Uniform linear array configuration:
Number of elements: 16
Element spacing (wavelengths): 1
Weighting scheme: blackman
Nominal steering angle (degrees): -60
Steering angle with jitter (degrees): -58.437
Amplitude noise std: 0.05
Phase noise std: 0.05

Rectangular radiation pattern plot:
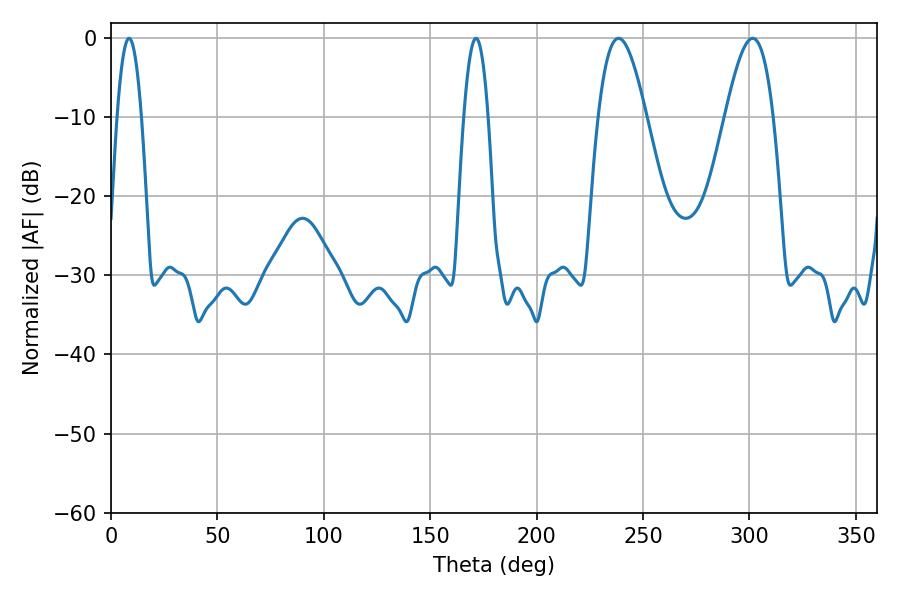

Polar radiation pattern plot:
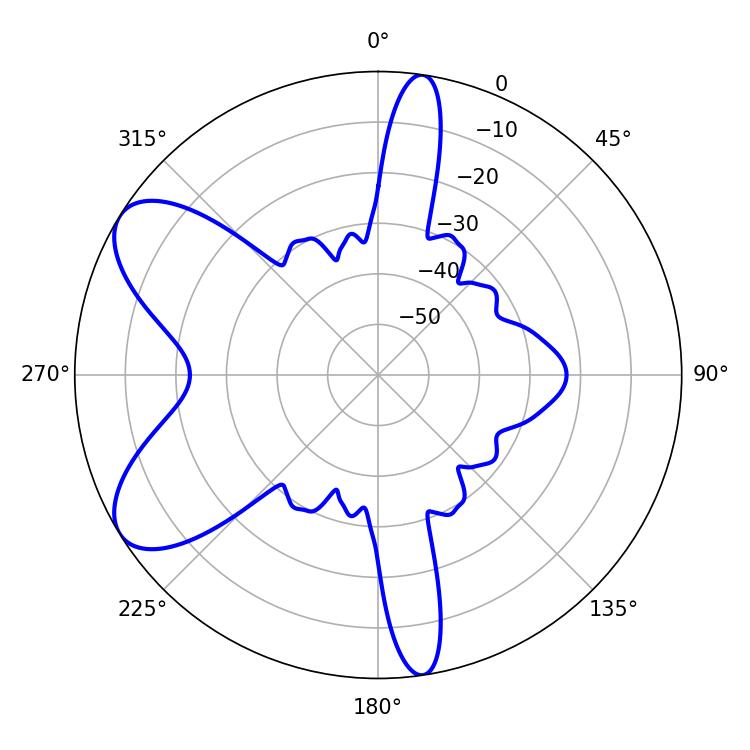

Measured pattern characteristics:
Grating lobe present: TRUE
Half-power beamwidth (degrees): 12.24
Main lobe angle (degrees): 238.5